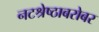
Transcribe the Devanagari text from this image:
नटश्रेष्ठाबरोबर